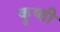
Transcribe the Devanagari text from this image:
कुष्ठी